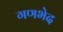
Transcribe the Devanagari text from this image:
गणभेद